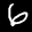
Label: 6